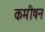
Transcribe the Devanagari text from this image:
कमीषन